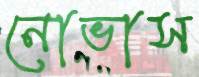
নোভাস